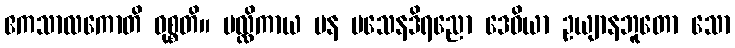
ဧကသာလကောတိ ဝုစ္စတိ။ မလ္လိကာယ ပန ပသေနဒိရညော ဒေဝိယာ ဥယျာနဘူတော သော